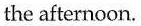
the afternoon.